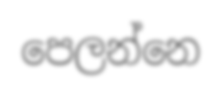
පෙලන්නෙ